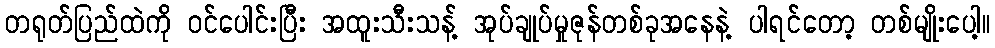
တရုတ်ပြည်ထဲကို ဝင်ပေါင်းပြီး အထူးသီးသန့် အုပ်ချုပ်မှုဇုန်တစ်ခုအနေနဲ့ ပါရင်တော့ တစ်မျိုးပေါ့။